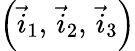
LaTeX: \left(\vec{i}_{1},\, \vec{i}_{2},\, \vec{i}_{3}\right)